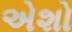
એશો